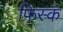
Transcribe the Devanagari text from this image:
फिस्‍क